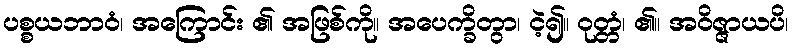
ပစ္စယဘာဝံ၊ အကြောင်း ၏ အဖြစ်ကို။ အပေက္ခိတွာ၊ ငဲ့၍။ ဝုတ္တံ၊ ၏။ အဝိဇ္ဇာယပိ၊